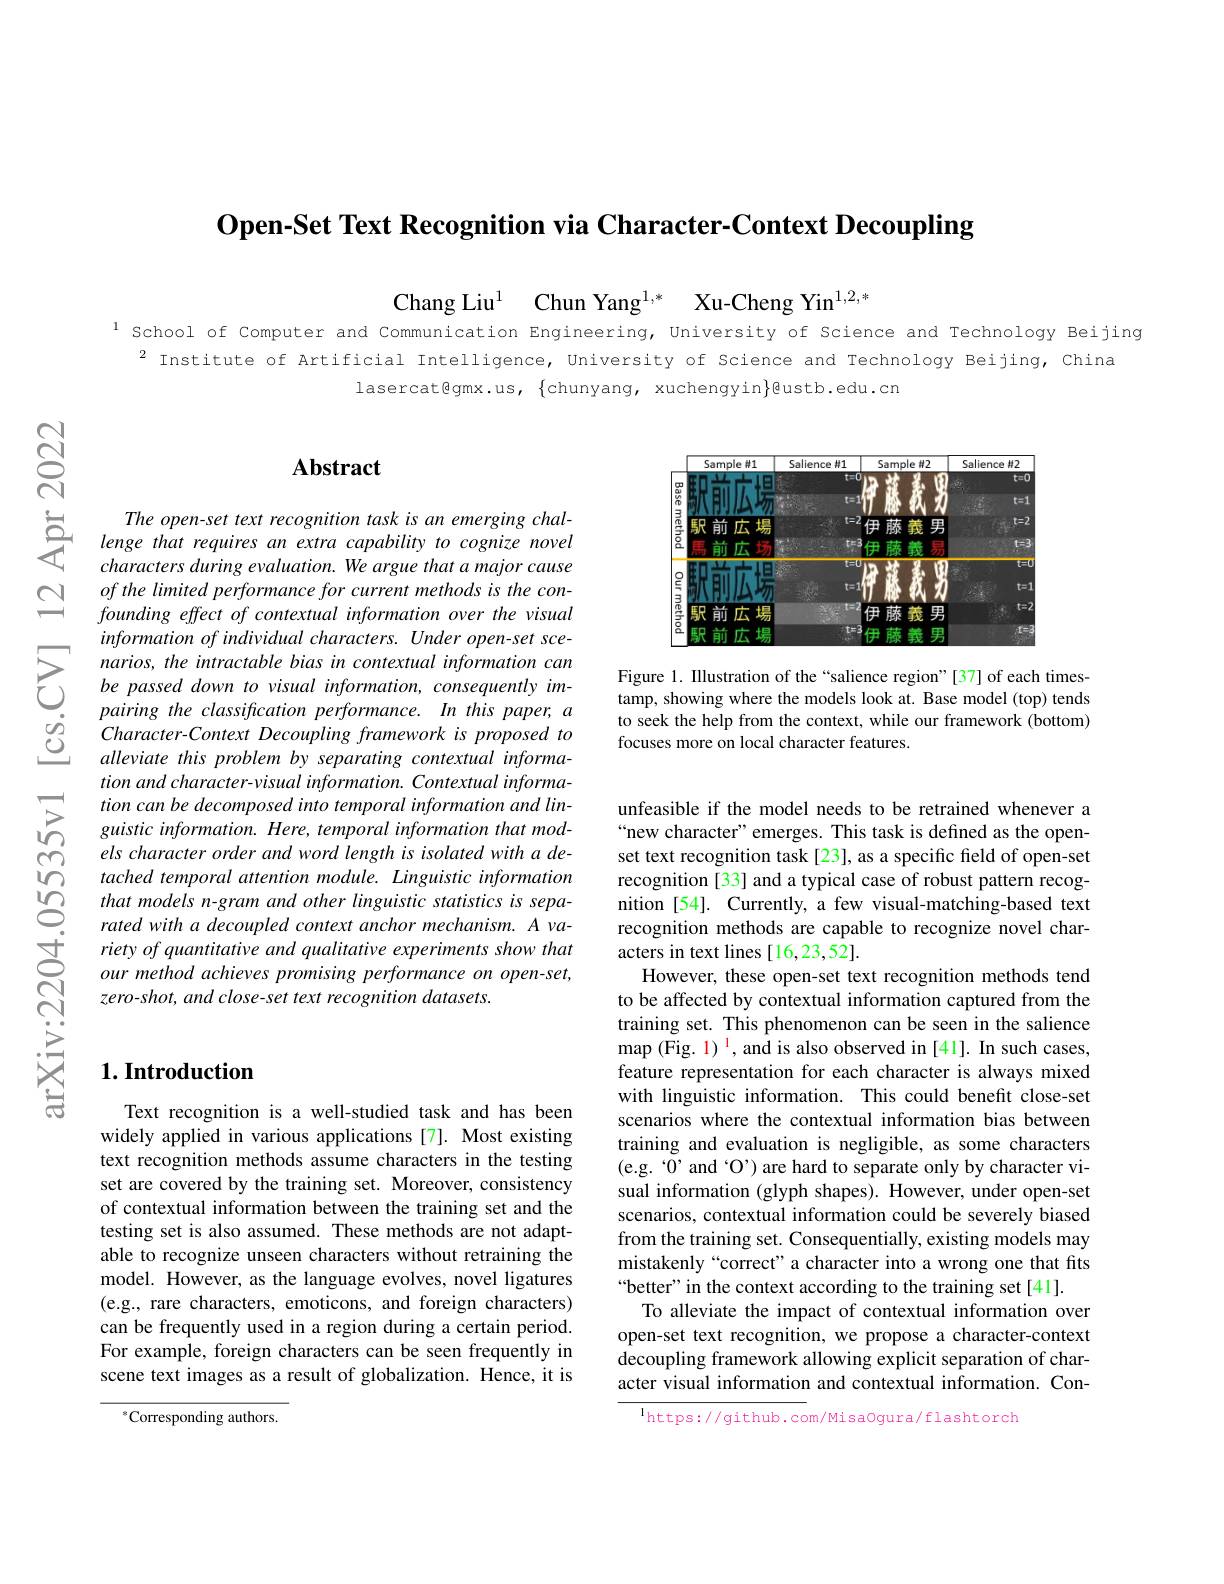
$\textbf{Open- Set Text Recognition via Character- Context Decoupling}$

$ଟ୍ରି$

Chun Yang$^{1, * }$ Xu-Cheng Yin$^{1,2,*}$

Chang Liu$^{1}$

l school of Computer and Communication Engineering, University of Science and Technology Beijing
$^{2}$ Institute of Artificial Intelligence, University of Science and Technology Beijing, China
lasercat@gmx.us, $\{$chunyang, xuchengyin$\}$gustb.edu.cn

### $\mathbf{Abstract}$

<FigureHere>

Figure 1. Illustration of the“salience region”[37] of each timestamp, showing where the models look at. Base model (top) tends to seek the help from the context, while our framework (bottom) focuses more on local character features.

$\begin{array}{ccc}&\text{The open-set text recognition task is a}\end{array}$
characters during evaluation. We argue that a major cause of the limited performance for current methods is the confounding effect of contextual information over the visual information of individual characters. Under open-set scenarios, the intractable bias in contextual information can be passed down to visual information, consequently impairing the classification performance. In this paper, a Character-Context Decoupling framework is proposed to alleviate this problem by separating contextual information and character-visual information. Contextual information can be decomposed into temporal information and linguistic information. Here, temporal information that models character order and word length is isolated with a de-
in tached temporal attention $module.$ Linguistic informatiom in that models $n- gram$ and other linguistic statistics $is$ $sepa-$ rated with $a$ decouoled context anchor mechanism $A$ $va- 1.$
rated with a decoupled context anchor mechanism. A variety of quantitative and qualitative experiments show that our method achieves promising performance on open-set, zero-shot, and close-set text recognition datasets.

## $1. \textbf{Introduction}$

unfeasible if the model needs to be retrained whenever a “new character”emerges. This task is defined as the openset text recognition task [23], as a specific field of open-set recognition [33] and a typical case of robust pattern recognition [54]. Currently, a few visual-matching-based text recognition methods are capable to recognize novel characters in text lines [16,23,52].
However, these open-set text recognition methods tend to be affected by contextual information captured from the training set. This phenomenon can be seen in the salience $\operatorname*{map}(\tilde{\mathrm{Fig.~1}})^{1}$,and is also observed in [41]. In such cases, feature representation for each character is always mixed with linguistic information. This could benefit close-set scenarios where the contextual information bias between training and evaluation is negligible, as some characters (e.g. “0' and ”O’) are hard to separate only by character visual information (glyph shapes). However, under open-set scenarios, contextual information could be severely biased from the training set. Consequentially, existing models may mistakenly“correct”a character into a wrong one that fits “better” in the context according to the training set[41].
To alleviate the impact of contextual information over open-set text recognition, we propose a character-context decoupling framework allowing explicit separation of character visual information and contextual information. Con-
$^{1}$https://github.com/MisaOgura/flashtorch

Text recognition is a well-studied task and has been widely applied in various applications [7]. Most existing text recognition methods assume characters in the testing set are covered by the training set. Moreover, consistency of contextual information between the training set and the testing set is also assumed. These methods are not adaptable to recognize unseen characters without retraining the model. However, as the language evolves, novel ligatures (e.g., rare characters, emoticons, and foreign characters) can be frequently used in a region during a certain period. For example, foreign characters can be seen frequently in scene text images as a result of globalization. Hence, it is

$^{*}$Corresponding authors.